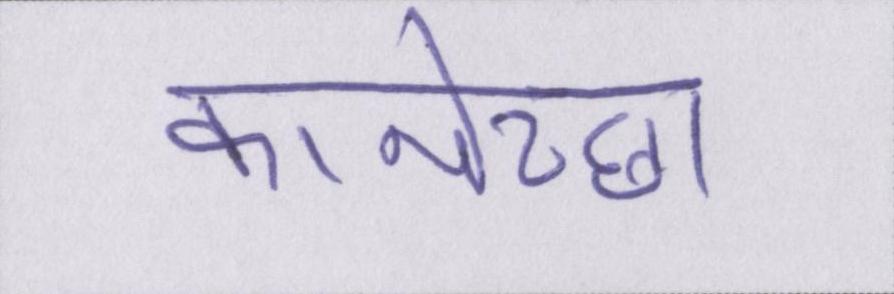
कामेच्छा